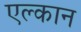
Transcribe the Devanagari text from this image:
एल्कान